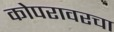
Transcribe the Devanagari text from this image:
कोपरावरचा